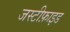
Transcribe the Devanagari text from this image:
जस्टीफ़ाइड